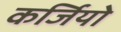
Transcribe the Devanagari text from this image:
कर्जियो